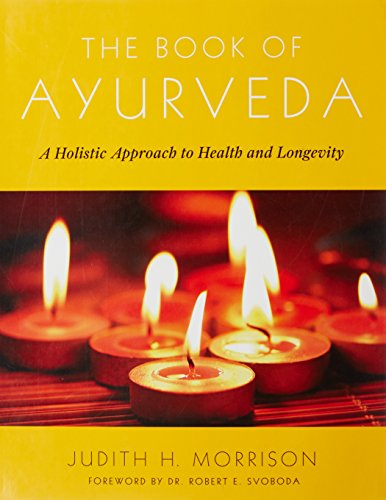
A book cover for The Book of Ayurveda: A Holistic Approach to Health and Longevity; Judith Morrison; Health, Fitness & Dieting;